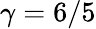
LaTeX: \gamma=6/5